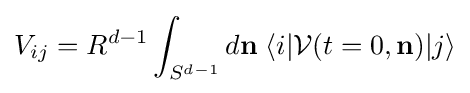
V_{ij}=R^{d-1}\int _{S^{d-1}}d\mathbf {n} \;\langle i|{\mathcal {V}}(t=0,\mathbf {n} )|j\rangle